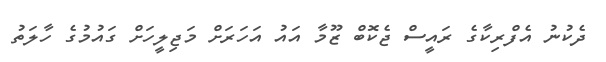
ދެކުނު އެފްރިކާގެ ރައީސް ޖެކޮބް ޒޫމާ އައު އަހަރަށް މަޖިލީހަށް ގައުމުގެ ހާލަތު